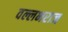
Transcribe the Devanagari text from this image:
वल्लभराज